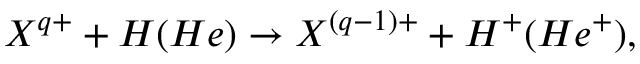
X ^ { q + } + H ( H e ) \rightarrow X ^ { ( q - 1 ) + } + H ^ { + } ( H e ^ { + } ) ,